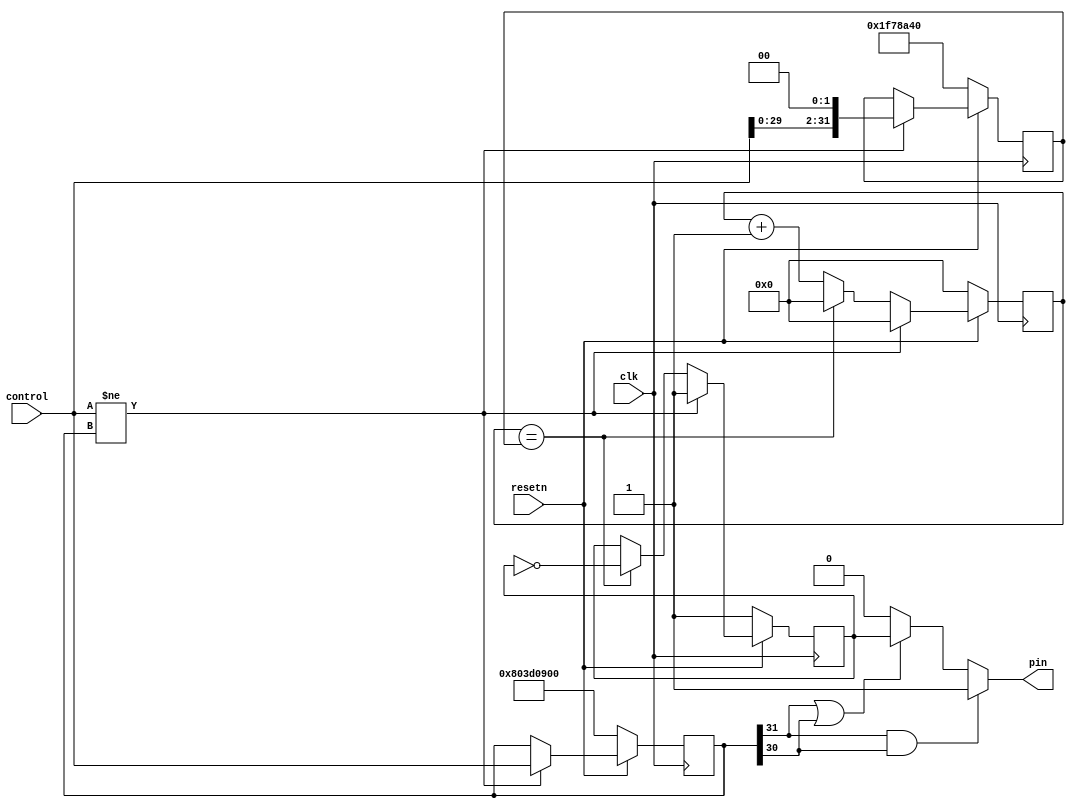
module gpio3_led(
    input         clk, //33MHz
    input         resetn,
    input  [31:0] control,
    output        pin
);
    reg  [31:0] counter;
    reg  [31:0] compare;
    reg  [31:0] old;
    reg         loop;
    wire        always_on;
    wire        always_off;
    wire [31:0] shift;

    assign always_on  = old[31] & old[30];
    assign always_off = !(old[31] | old[30]);
    assign shift = {control[29:0], 2'b00};
    assign pin = always_on  ? 1'b1 :
                 always_off ? 1'b0 :
                              loop ;

    always @(posedge clk)
    begin
        if (!resetn)
        begin
            counter <= 32'b0;
            old     <= 32'h803d0900;
            compare <= 32'h01f78a40;
            loop    <= 1'b1;
        end
        else if (control != old)
        begin
            counter <= 32'b0;
            old     <= control;
            compare <= shift;
            loop    <= 1'b1;
        end
        else if (counter == compare)
        begin
            counter <= 32'b0;
            loop    <= ~loop;
        end
        else
        begin
            counter <= counter + 1'b1;
        end
    end
endmodule